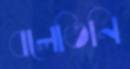
বলেতিনি